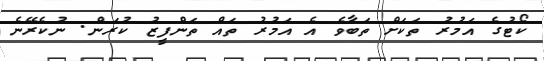
ކޯޓުގެ އަމުރު ތަކަށް ތަބާވެ އެ އަމުރު ތައް ތަންފީޒު ކުރަން. ނުކެރޭނެ